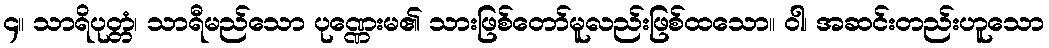
၄။ သာရိပုတ္တံ၊ သာရီမည်သော ပုဏ္ဏေးမ၏ သားဖြစ်တော်မူလည်းဖြစ်ထသော။ ဝါ၊ အဆင်းတည်းဟူသော